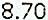
8.70